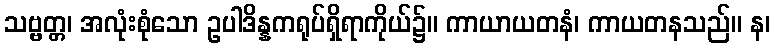
သဗ္ဗတ္တ၊ အလုံးစုံသော ဥပါဒိန္နကရုပ်ရှိရာကိုယ်၌။ ကာယာယတနံ၊ ကာယတနသည်။ န၊